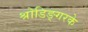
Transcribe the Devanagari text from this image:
श्रोडिङ्गरके